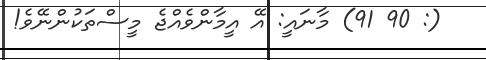
(: 90 91) މާނައީ: އޭ އީމާންވެއްޖެ މީސްތަކުންނޭވެ!